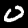
Label: 0